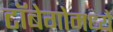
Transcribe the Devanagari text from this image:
टॉबेगोमध्ये